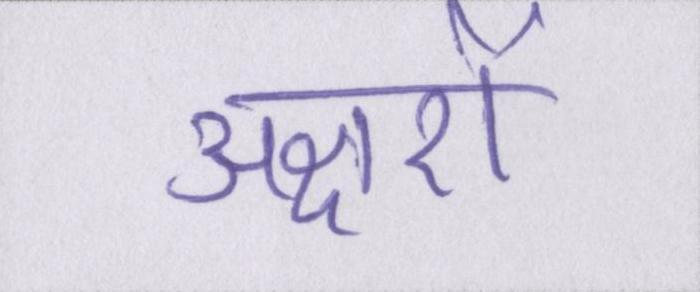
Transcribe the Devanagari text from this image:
अक्षरों